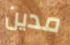
مدين